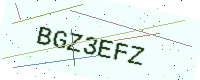
Text: BGZ3EFZ